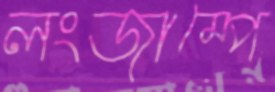
লংজাম্পে